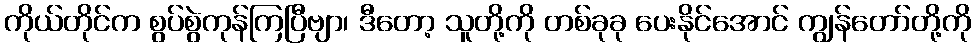
ကိုယ်တိုင်က စွပ်စွဲကုန်ကြပြီဗျာ၊ ဒီတော့ သူတို့ကို တစ်ခုခု ပေးနိုင်အောင် ကျွန်တော်တို့ကို